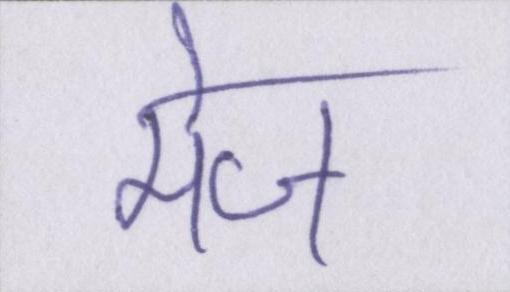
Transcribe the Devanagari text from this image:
मेज